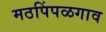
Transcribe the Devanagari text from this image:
मठपिंपळगाव